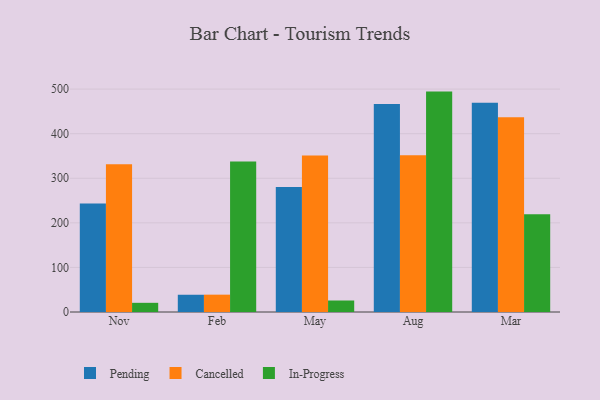
{"axis": {"x": "Month", "y": "Page Views"}, "legend": ["Cancelled", "In-Progress", "Pending"], "data": [{"x": "Nov", "y": 243.3, "type": "Pending"}, {"x": "Nov", "y": 331.2, "type": "Cancelled"}, {"x": "Nov", "y": 20.6, "type": "In-Progress"}, {"x": "Feb", "y": 38.7, "type": "Pending"}, {"x": "Feb", "y": 38.9, "type": "Cancelled"}, {"x": "Feb", "y": 337.8, "type": "In-Progress"}, {"x": "May", "y": 280.5, "type": "Pending"}, {"x": "May", "y": 350.9, "type": "Cancelled"}, {"x": "May", "y": 25.8, "type": "In-Progress"}, {"x": "Aug", "y": 466.5, "type": "Pending"}, {"x": "Aug", "y": 351.5, "type": "Cancelled"}, {"x": "Aug", "y": 494.4, "type": "In-Progress"}, {"x": "Mar", "y": 469.2, "type": "Pending"}, {"x": "Mar", "y": 436.7, "type": "Cancelled"}, {"x": "Mar", "y": 219.1, "type": "In-Progress"}]}